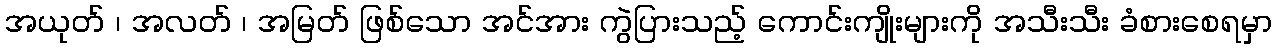
အယုတ် ၊ အလတ် ၊ အမြတ် ဖြစ်သော အင်အား ကွဲပြားသည့် ကောင်းကျိုးများကို အသီးသီး ခံစားစေရမှာ